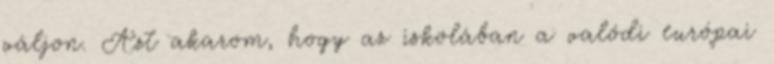
váljon. Azt akarom, hogy az iskolában a valódi európai